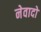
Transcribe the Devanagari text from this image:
नेवादो